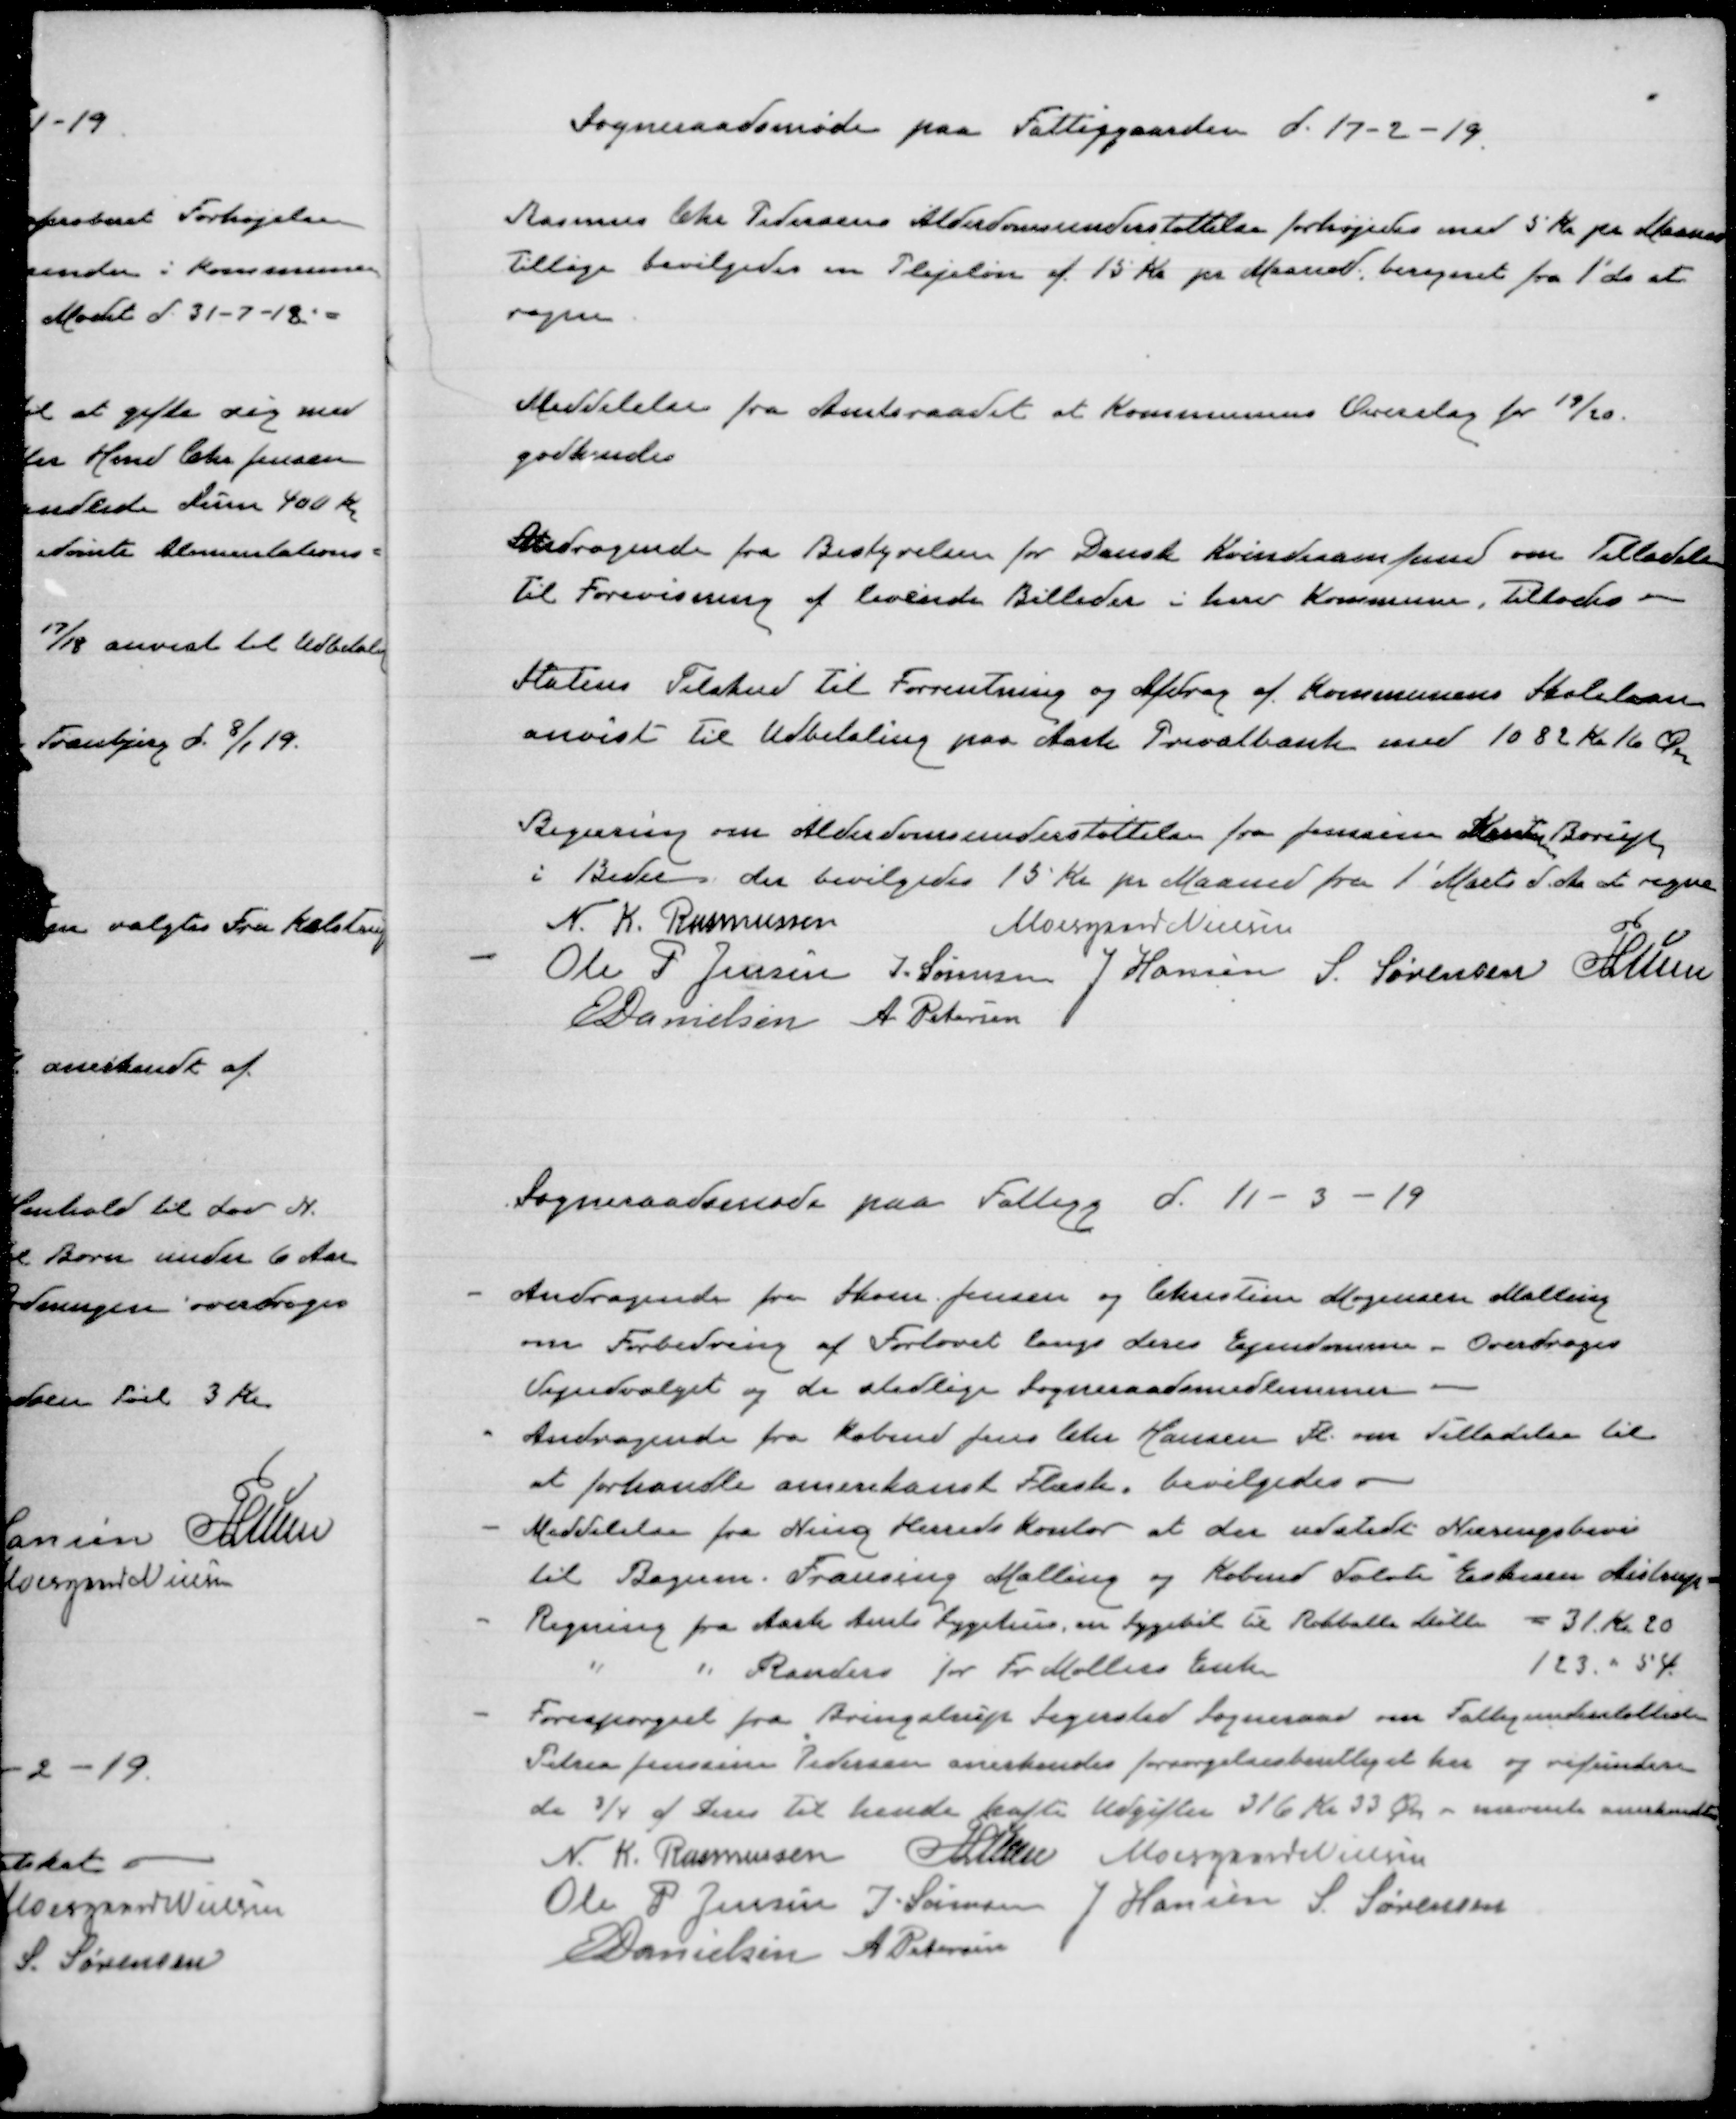
Transskription:
Sogneraadsmøde paa Fattiggaarden d. 17-2-19

Rasmus Chr Pedersens Alderdomsunderstøttelse forhøjedes med 5 Kr pr Maaned
Tillige bevilgedes en Plejeløn af 15 Kr pr Maaned beregnet fra 1'ds at
regne.

Meddelelse fra Amtsraadet at Kommunens Overslag for 19/20
godkendes

Andragende fra Bestyrelsen for Dansk Kvindesamfund om Tilladelse
til Forevisning af levende Billeder i herv Kommune. Tillades.

Statens Tilskud til Forrentning og Afdrag af Kommunens Skolelaan
anvist til Udbetaling paa Aarh. Privatbank med 1082 Kr 16 φ

Begæring om Alderdomsunderstøttelse fra Jenssine  Borup
i Beder der bevilgedes 15 Kr pr Maaned fra 1' Marts d. Aa at regne
N. K. Rasmussen
Moesgaard Nielsen
Ole P Jensen
J. Sørensen
J Hansen
S. Sørensen
P Lunn
E Danielsen
A Petersen

Sogneraadsmøde paa Fattigg. d. 11 - 3 - 19

Andragende fra Skom. Jensen og Christine Mogensen Malling
om Forbedring af Fortovet langs deres Ejendomme - Overdrages
Vejudvalget og de stedlige sogneraadsmedlemmer.
Andragende fra Købmd Jens Chr Hansen Fl. om tilladelse til
at forhandle amerikansk Flæsk. bevilgedes
Meddelelse fra Ning Herreds kontor at der udstedt Næringsbevis
til Bagerne Frausing Malling og Købmd Tolvte Eskesen Aistrup
Regning fra Aarh. Amts sygehus, en sygebil til Rokballe Mølle = 31 Kr 20
" " Randers for Fr Møllers Enke
123 " 54
Forespørgsel fra Bringstrup Sigersted Sogneraad om Fattigunderstøttede
Petrea Jenssine Pedersen anerkendes forsørgelsesberettiget her og refundere
de ¾ af deres til hende hafte udgifter 316 Kr 23 φ - nævnte anerkendt
N. K. Rasmussen
P Lunn
Moesgaard Nielsen
Ole P Jensen
J. Sørensen
J Hansen
S Sørensen
E Danielsen
A Petersen